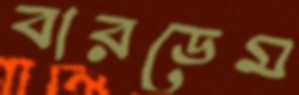
বারডেম